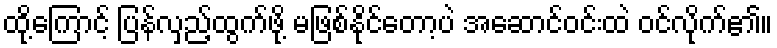
ထို့ကြောင့် ပြန်လှည့်ထွက်ဖို့ မဖြစ်နိုင်တော့ပဲ အဆောင်ဝင်းထဲ ဝင်လိုက်၏။